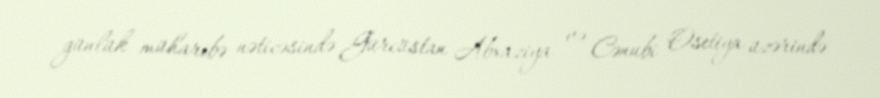
günlük müharibə nəticəsində Gürcüstan Abxaziya və Cənubi Osetiya üzərində